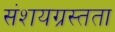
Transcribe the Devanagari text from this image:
संशयग्रस्तता